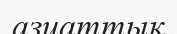
азиаттық